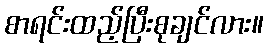
စာရင်းထည့်ပြီးစုချင်လား။